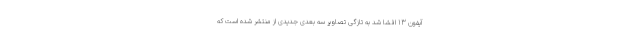
آیفون 13 افشا شد به تازگی تصاویر سه بعدی جدیدی از منتشر شده است که